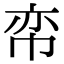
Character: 帟